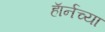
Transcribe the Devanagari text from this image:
हाॅर्नच्या